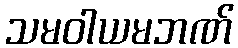
သမဝါယမဘဏ်